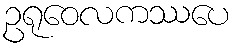
ဥရုဝေလကဿပေ